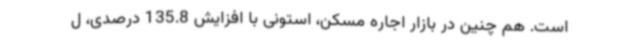
است. هم چنین در بازار اجاره مسکن، استونی با افزایش 135.8 درصدی، ل